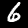
Label: 6